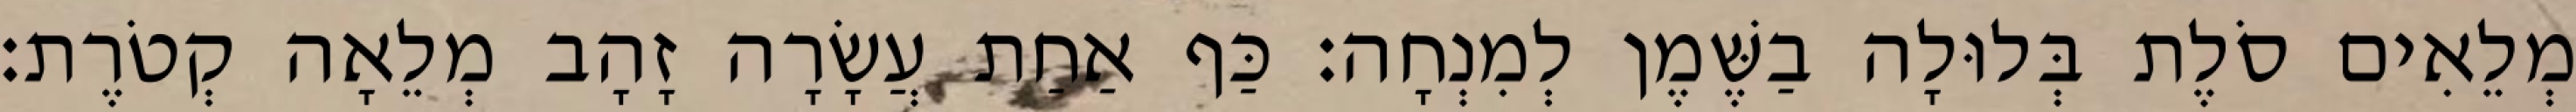
מְלֵאִים סֹלֶת בְּלוּלָה בַשֶּׁמֶן לְמִנְחָה׃ כַּף אַחַת עֲשָׂרָה זָהָב מְלֵאָה קְטֹרֶת׃